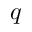
q